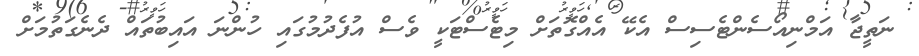
ނަތީޖާ އަމްނިއޯސެންޓެސިސް އެކޭ އެއްގޮތަށް މިޓެސްޓަކީ ވެސް އުފެދުމުގައި ހުންނަ އައިބުތައް ދެނެގަތުމަށް